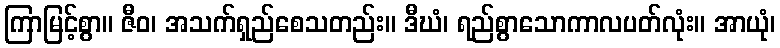
ကြာမြင့်စွာ။ ဇီဝ၊ အသက်ရှည်စေသတည်း။ ဒီဃံ၊ ရည်စွာသောကာလပတ်လုံး။ အာယုံ၊